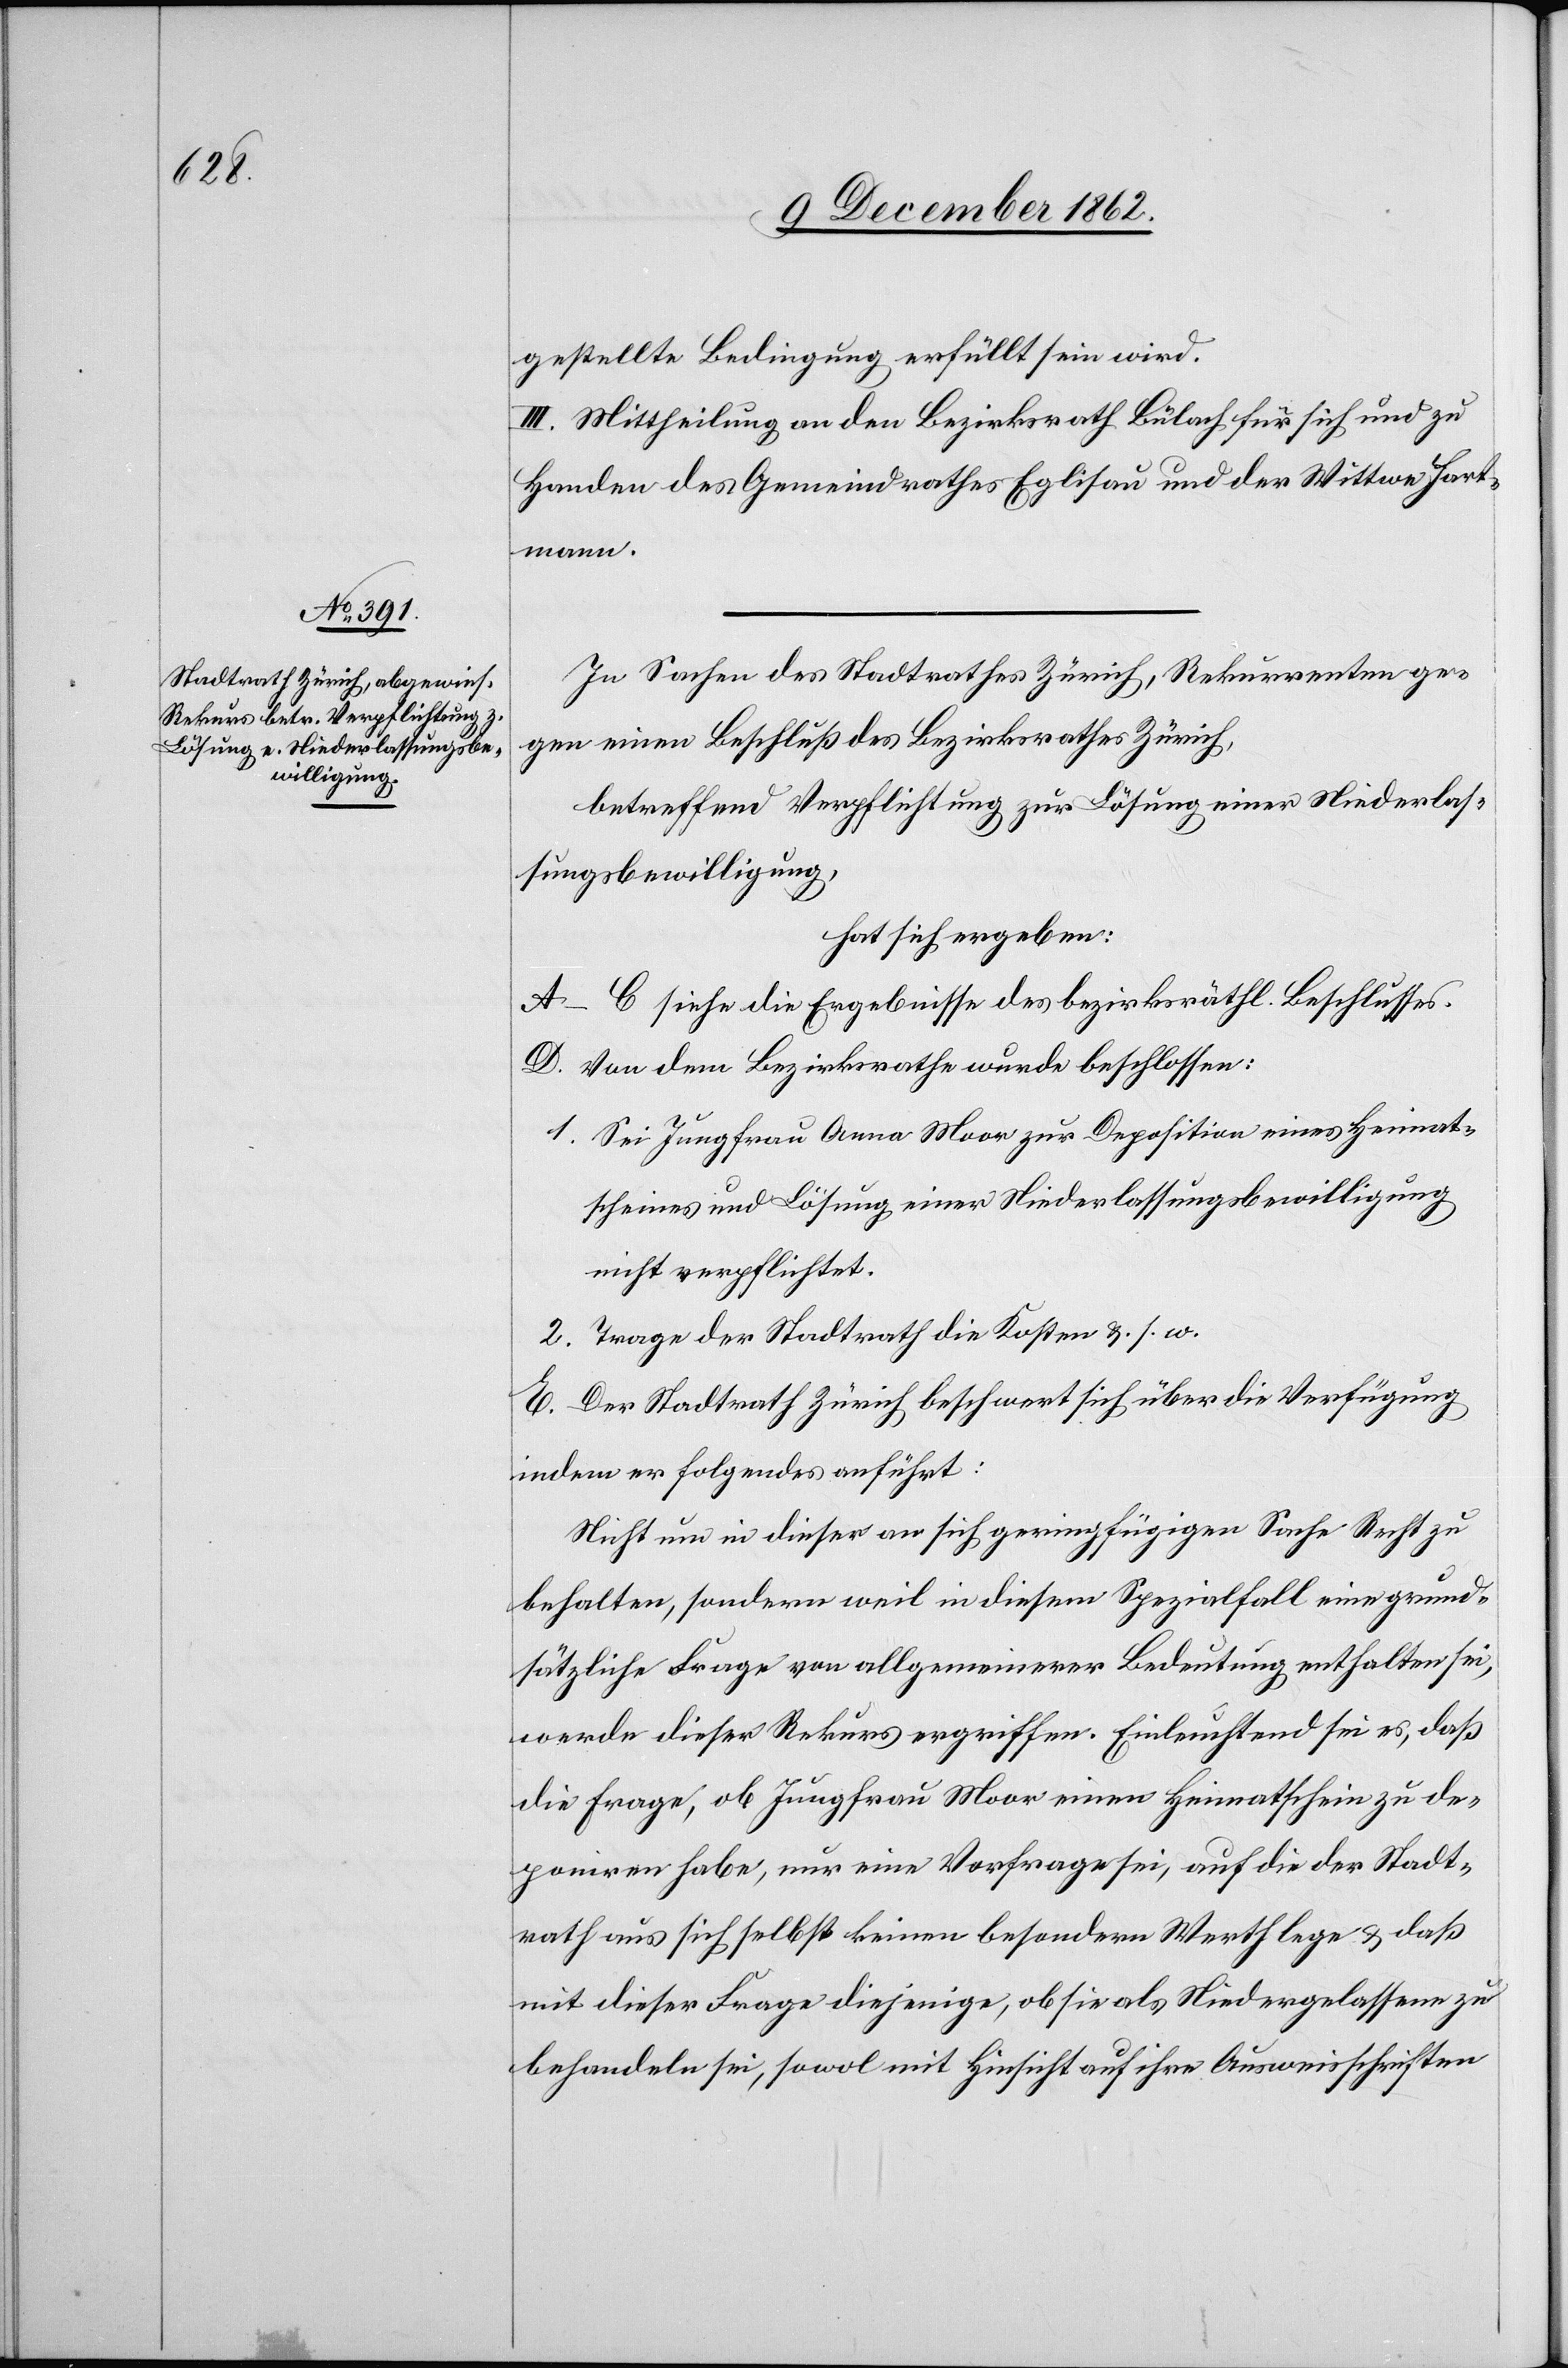
gestellte Bedingung erfüllt sein wird.
III. Mittheilung an den Bezirksrath Bülach für sich und zu
Handen des Gemeindrathes Eglisau und der Wittwe Hart¬
mann.
In Sachen des Stadtrathes Zürich, Rekurrenten ge¬
gen einen Beschluß des Bezirksrathes Zürich,
betreffend Verpflichtung zur Lösung einer Niederlas¬
sungsbewilligung,
hat sich ergeben:
A–C siehe die Ergebnisse des bezirksräthl. Beschlusses.
D. Von dem Bezirksrathe wurde beschlossen:
1. Sei Jungfrau Anna Moor zur Deposition eines Heimat¬
scheines und Lösung einer Niederlassungsbewilligung
nicht verpflichtet.
2. Trage der Stadtrath die Kosten u. s. w.
E. Der Stadtrath Zürich beschwert sich über die Verfügung
indem er folgendes anführt:
Nicht um in dieser an sich geringfügigen Sache Recht zu
behalten, sondern weil in diesem Spezialfall eine grund¬
sätzliche Frage von allgemeinerer Bedeutung enthalten sei,
werde dieser Rekurs ergriffen. Einleuchtend sei es, daß
die Frage, ob Jungfrau Moor einen Heimatschein zu de¬
poniren habe, nur eine Vorfrage sei, auf die der Stadt¬
rath aus sich selbst keinen besondern Werth lege u. daß
mit dieser Frage diejenige, ob sie als Niedergelassene zu
behandeln sei, sowol mit Hinsicht auf ihre Ausweisschriften